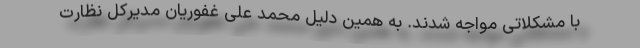
با مشکلاتی مواجه شدند. به همین دلیل محمد علی غفوریان مدیرکل نظارت